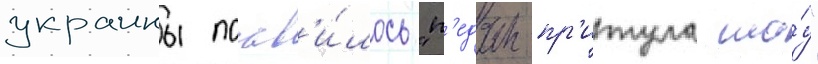
украины поав'и́лось "п'едан-пр'итула шо́у"